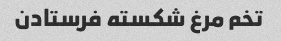
تخم مرغ شکسته فرستادن